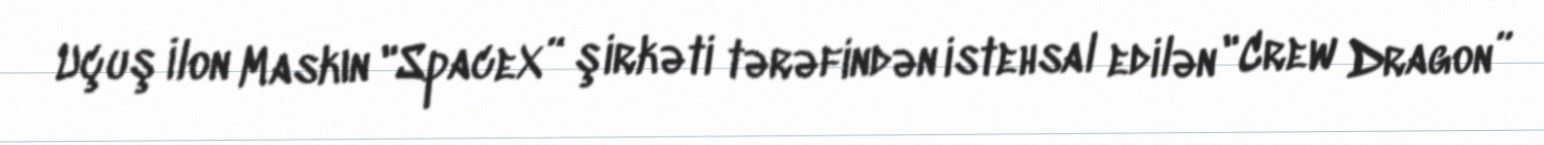
Uçuş İlon Maskın "SpaceX” şirkəti tərəfindən istehsal edilən "Crew Dragon”